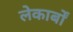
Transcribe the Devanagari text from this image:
लेकार्बों